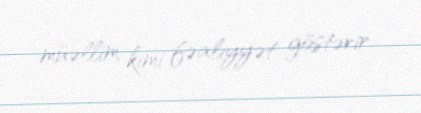
müəllim kimi fəaliyyət göstərir.